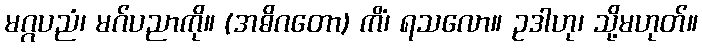
မဂ္ဂပညံ၊ မဂ်ပညာကို။ (အဓိဂတော) ကိံ၊ ရသလော။ ဥဒါဟု၊ သို့မဟုတ်။